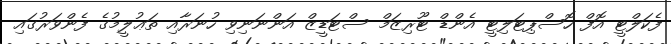
ފެކަލްޓީ އޮފް ހޮސްޕިޓަލިޓީ އެންޑް ޓޫރިޒަމް ސްޓަޑީޒް އަންނަނިވި ހުނަރާއި ތަޢުލީމުގެ ފެންވަރުގައި